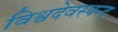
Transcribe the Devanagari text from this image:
विश्वदेवस्पन्द